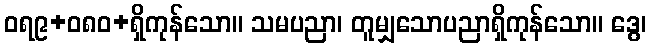
ဝရ၉+၀၈ဝ+ရှိကုန်သော။ သမပညာ၊ တူမျှသောပညာရှိကုန်သော။ ဒွေ၊